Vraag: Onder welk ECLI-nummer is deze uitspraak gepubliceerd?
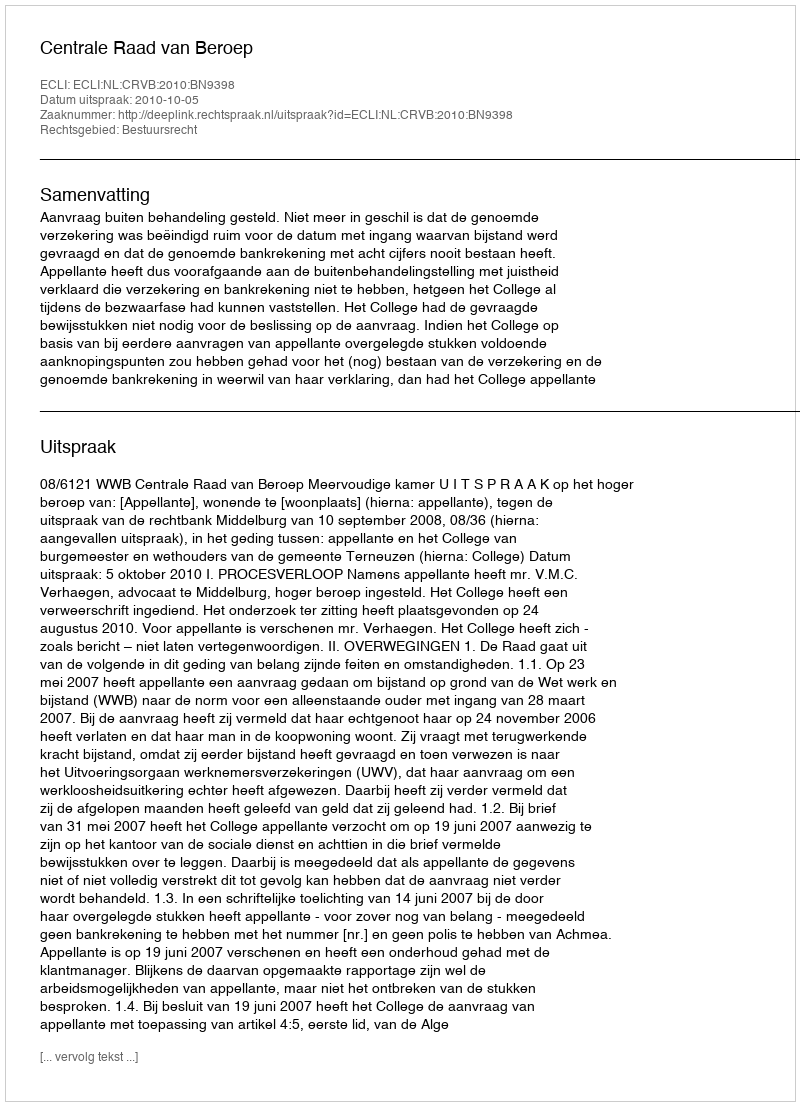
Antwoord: ECLI:NL:CRVB:2010:BN9398